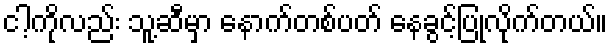
ငါ့ကိုလည်း သူ့ဆီမှာ နောက်တစ်ပတ် နေခွင့်ပြုလိုက်တယ်။